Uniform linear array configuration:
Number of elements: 24
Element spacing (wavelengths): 0.75
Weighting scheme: kaiser
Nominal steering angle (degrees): -30
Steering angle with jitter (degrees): -31.027
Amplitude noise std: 0.05
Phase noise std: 0.05

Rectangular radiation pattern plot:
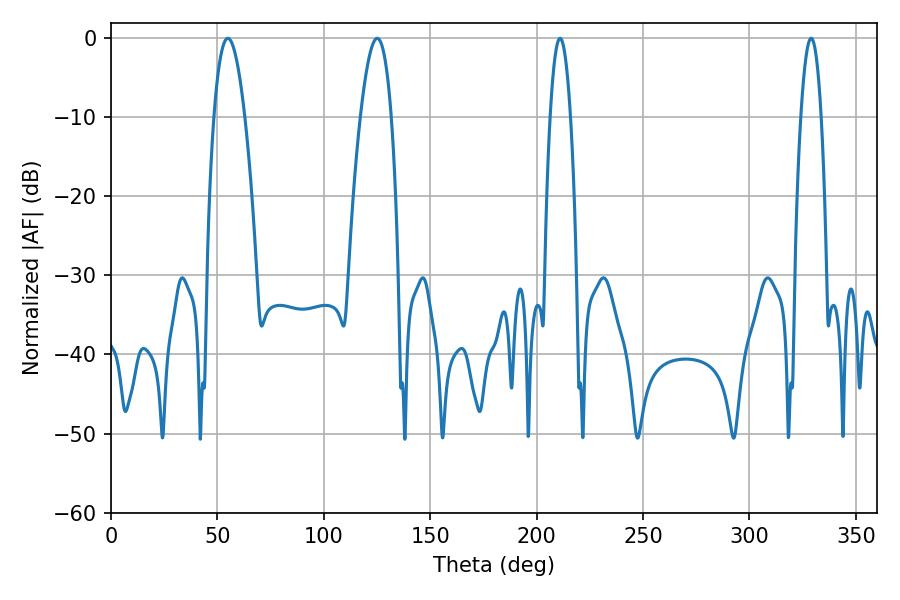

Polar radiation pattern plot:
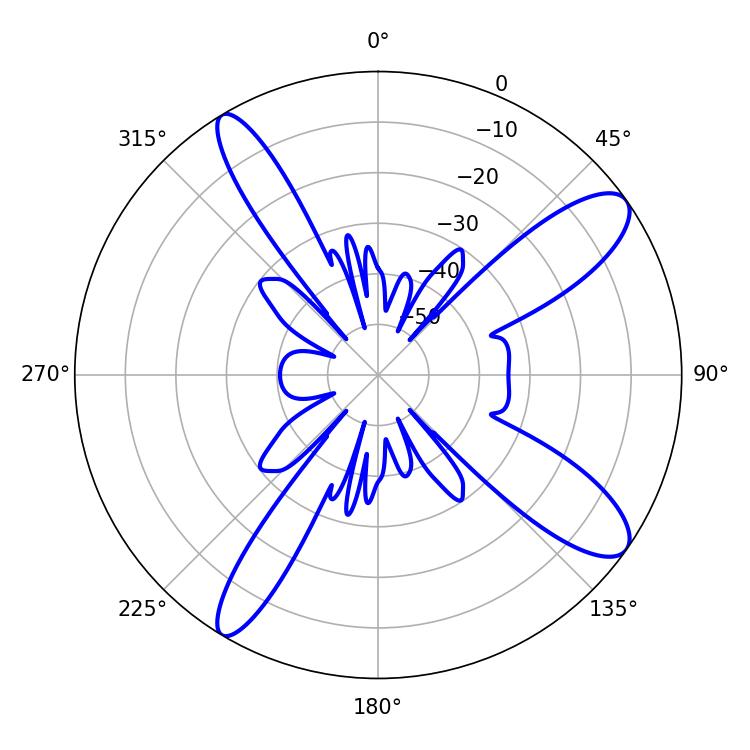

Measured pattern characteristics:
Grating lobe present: TRUE
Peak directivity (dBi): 11.435
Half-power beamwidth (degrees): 7.92
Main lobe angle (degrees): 54.9